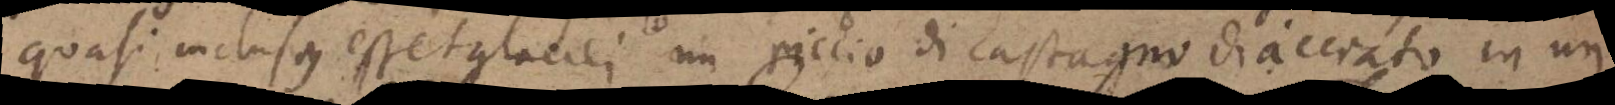
quasi inclusus esset glaciei un riccio di castagno diacciato in un